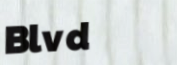
Blvd